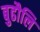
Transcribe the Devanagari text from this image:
बुढौलि